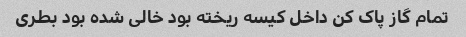
تمام گاز پاک کن داخل کیسه ریخته بود خالی شده بود بطری